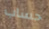
حساب